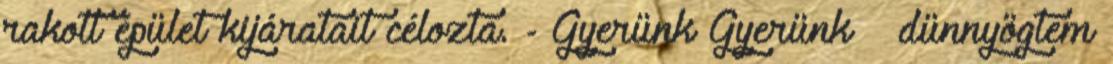
rakott épület kijáratait célozta. - Gyerünk Gyerünk – dünnyögtem